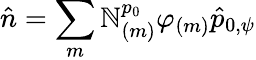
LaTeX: \hat{n}=\sum_{m}\mathbb{N}_{(m)}^{p_{0}}\varphi_{(m)}\hat{p}_{0,\psi}